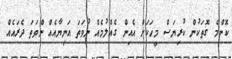
ކޮންމެ ގޮތަކުން ކުރިޔަސް މީހަކަށް އެއިން ގެއްލުމެއް ނުވަތަ އަނިޔާއެއް ންވަތަ ދެރައެއް